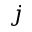
j